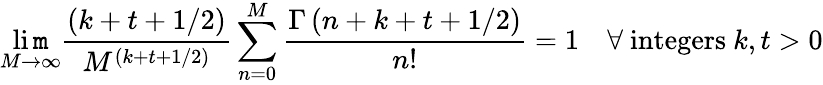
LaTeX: \operatorname*{li\mathtt{m}}_{M\rightarrow\infty}{\frac{{(k+t+1/2)}}{{M^{(k+t+1/2)}}}}\sum_{n=0}^{M}{\frac{{\Gamma\left(n+k+t+1/2\right)}}{{n!}}}=1\quad\forall\ \mathrm{{integers}}\ k,t>0